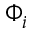
\Phi _ { i }